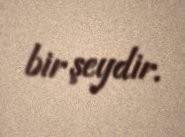
bir şeydir.